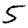
Digit: 5